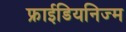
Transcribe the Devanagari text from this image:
फ्राईडियनिज्म